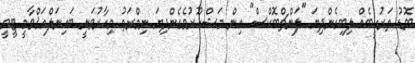
ބޮޑު ތަރުހީބެއް ލިބިގެންދިޔަ "ލަންޗްބޮކްސް" އިން މަޝްހޫރުވެގެންދިޔަ ނިމްރަތު މިހާރުވަނީ ބައިނަލްއަޤްވާމީ ޓީވީ